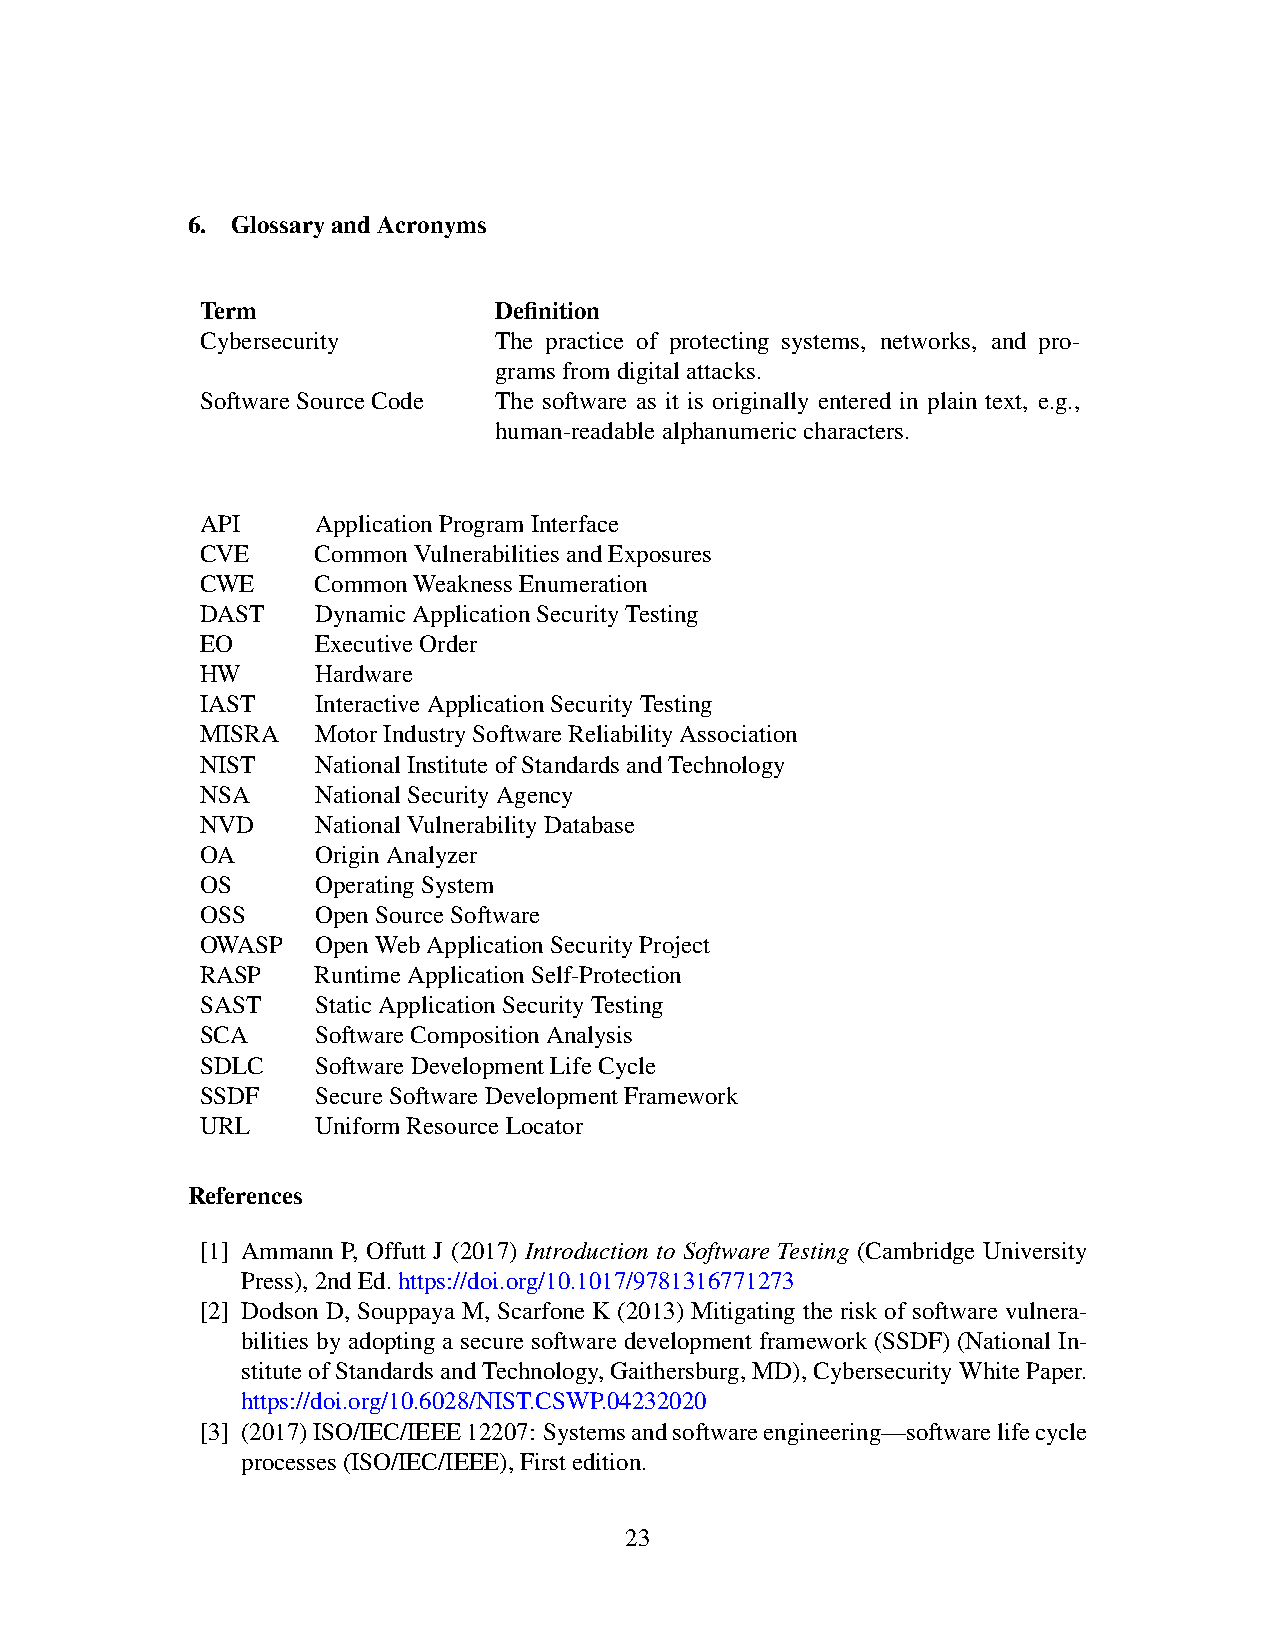
6. Glossary and Acronyms
 Term                Definition
 Cybersecurity       The practice of protecting systems, networks, and pro-
 grams from digital attacks.
 Software Source Code The software as it is originally entered in plain text, e.g.,
 human-readable alphanumeric characters.
 API     Application Program Interface
 CVE     Common Vulnerabilities and Exposures
 CWE     Common Weakness Enumeration
 DAST    Dynamic Application Security Testing
 EO      Executive Order
 HW      Hardware
 IAST    Interactive Application Security Testing
 MISRA   Motor Industry Software Reliability Association
 NIST    National Institute of Standards and Technology
 NSA     National Security Agency
 NVD     National Vulnerability Database
 OA      Origin Analyzer
 OS      Operating System
 OSS     Open Source Software
 OWASP   Open Web Application Security Project
 RASP    Runtime Application Self-Protection
 SAST    Static Application Security Testing
 SCA     Software Composition Analysis
 SDLC    Software Development Life Cycle
 SSDF    Secure Software Development Framework
 URL     Uniform Resource Locator
 References
 [1] Ammann P, Offutt J (2017) Introduction to Software Testing (Cambridge University
 Press), 2nd Ed. https://doi.org/10.1017/9781316771273
 [2] Dodson D, Souppaya M, Scarfone K (2013) Mitigating the risk of software vulnera-
 bilities by adopting a secure software development framework (SSDF) (National In-
 stitute of Standards and Technology, Gaithersburg, MD), Cybersecurity White Paper.
 https://doi.org/10.6028/NIST.CSWP.04232020
 [3] (2017) ISO/IEC/IEEE 12207: Systems and software engineering—software life cycle
 processes (ISO/IEC/IEEE), First edition.
 23